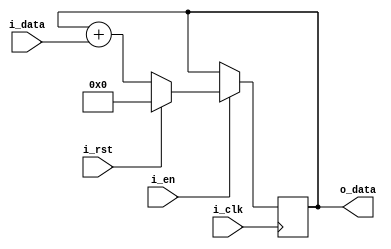
// 2023 ETH Zurich, Brett Hannigan; D-HEST; Biomedical and Mobile Health Technology (BMHT) Lab; Carlo Menon

module cic_integrator(i_clk, i_en, i_rst, i_data, o_data);
    parameter WIDTH = 8;
    input i_clk, i_en, i_rst;
    input [(WIDTH-1):0] i_data;
    output [(WIDTH-1):0] o_data;

    reg signed [(WIDTH-1):0] int;

    initial
    begin
        int <= 0;
    end

    always @(posedge i_clk)
    begin
        if (i_en)
        begin
            if (i_rst)
            begin
                int <= 0;
            end
            else
            begin
                int <= int + i_data;
            end
        end
    end

    assign o_data = int;
endmodule